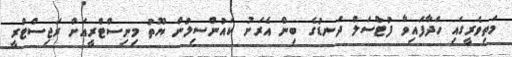
މަތިވެރީގައި ހަދާފައިވާ ފުޓްސަލް ދަނޑުގެ ބިން އެރަށު ކައުންސިލުން ޔޫތު މިނިސްޓްރީއަށް ރަޖިސްޓްރީ